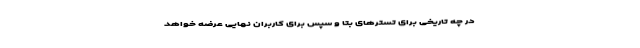
در چه تاریخی برای تسترهای بتا و سپس برای کاربران نهایی عرضه خواهد